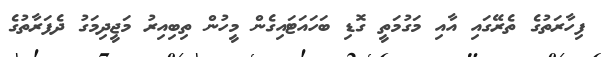
ފިހާރަތުގެ ތެރޭގައި އާއި މަގުމަތީ ގޮޑި ބަހައަޓައިގެން މީހުން ތިބިއިރު މަޖީދިމަގު ދެފަރާތުގެ